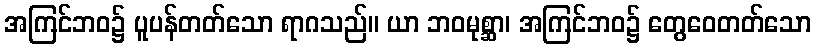
အကြင်ဘဝ၌ ပူပန်တတ်သော ရာဂသည်။ ယာ ဘဝမုစ္ဆာ၊ အကြင်ဘဝ၌ တွေဝေတတ်သော